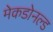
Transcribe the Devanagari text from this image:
मेकडोनल्ड